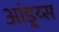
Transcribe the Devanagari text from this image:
आंड्र्य्स